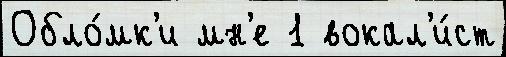
Обло́мк'и мн'е 1 вокал'и́ст